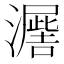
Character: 𭳙